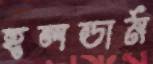
হলডার্ন